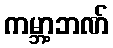
ကမ္ဘာ့ဘဏ်